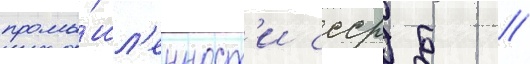
промы́шл'енност'и ссср б //